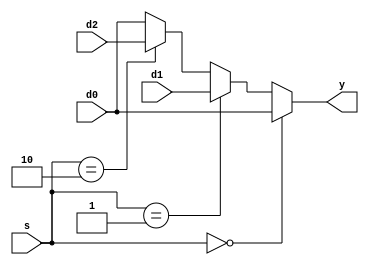
`timescale 1ns / 1ps

module mux3 #(parameter WIDTH = 8)(
	input wire[WIDTH-1:0] d0,d1,d2,
	input wire[1:0] s,
	output wire[WIDTH-1:0] y
    );

	assign y = (s == 2'b00) ? d0 :
				(s == 2'b01) ? d1:
				(s == 2'b10) ? d2: d0;
endmodule